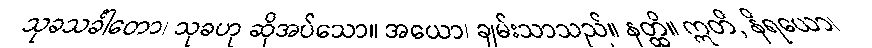
သုခသင်္ခါတော၊ သုခဟု ဆိုအပ်သော။ အယော၊ ချမ်းသာသည်။ နတ္ထိ။ ဣတိ, နိရယော၊